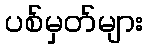
ပစ်မှတ်များ